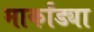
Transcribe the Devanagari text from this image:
मार्कांड्या